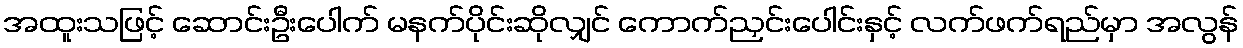
အထူးသဖြင့် ဆောင်းဦးပေါက် မနက်ပိုင်းဆိုလျှင် ကောက်ညှင်းပေါင်းနှင့် လက်ဖက်ရည်မှာ အလွန်